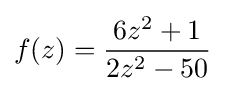
f(z)={\frac {6z^{2}+1}{2z^{2}-50}}